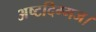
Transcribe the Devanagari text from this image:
अष्टदिग्गज।